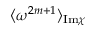
\langle \omega ^ { 2 m + 1 } \rangle _ { \mathrm { I m } \chi }